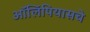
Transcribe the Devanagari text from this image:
ऑलिंपियासचे